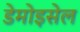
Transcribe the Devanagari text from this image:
डेमोइसेल